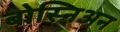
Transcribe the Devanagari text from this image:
बोस्निअन